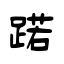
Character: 蹃